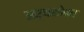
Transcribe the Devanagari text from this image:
अर्थसोबत